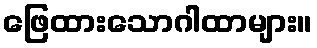
ဖြေထားသောဂါထာများ။